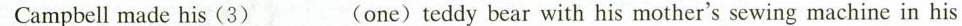
Campbell made his (3)___(one) teddy bear with his mother's sewing machine in his